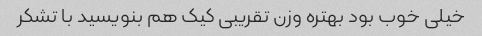
خیلی خوب بود بهتره وزن تقریبی کیک هم بنویسید با تشکر